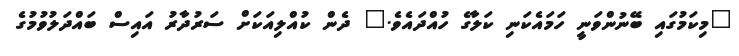
"މިކަމުގައި ބޭނުންވަނީ ހަމައެކަނި ކަލާގެ ހުއްދައެވެ." ދެން ކުއްލިއަކަށް ސަރުދާރު އައިސް ބައްދަލުވުމުގެ